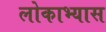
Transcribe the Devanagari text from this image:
लोकाभ्यास